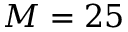
M = 2 5